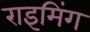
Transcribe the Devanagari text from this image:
राइमिंग